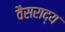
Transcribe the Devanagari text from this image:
वैसराद्य